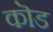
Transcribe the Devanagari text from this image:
कॊड